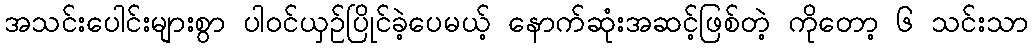
အသင်းပေါင်းများစွာ ပါဝင်ယှဉ်ပြိုင်ခဲ့ပေမယ့် နောက်ဆုံးအဆင့်ဖြစ်တဲ့ ကိုတော့ ၆ သင်းသာ